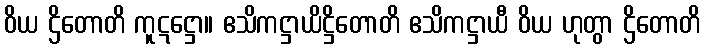
ဝိယ ဌိတောတိ ကူဋဋ္ဌော။ ဧသိကဋ္ဌာယိဋ္ဌိတောတိ ဧသိကဋ္ဌာယီ ဝိယ ဟုတွာ ဌိတောတိ